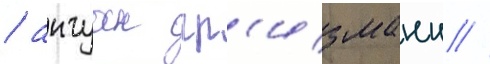
/ антуан гр'изманн //